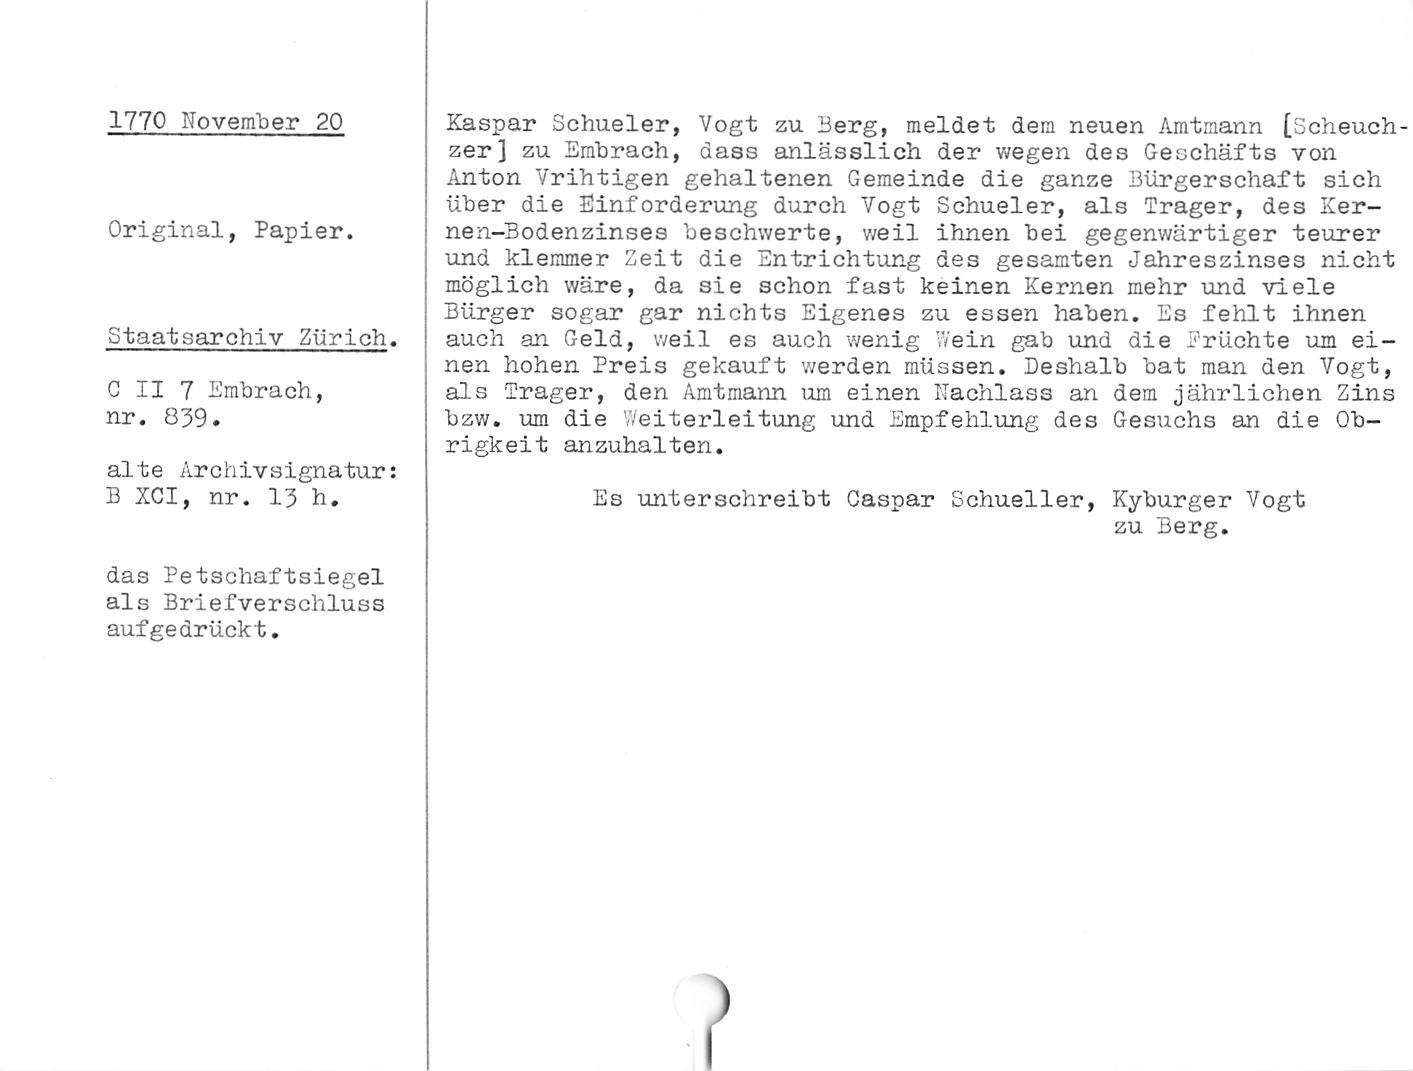
1770 November 20

Original, Papier.

Staatsarchiv Zürich.

0 II 7 Embrach,
nr. 839.

alte Archivsignatur:
B XCI, nr. 1Z h.

das Petschaftsiegel
als BriefVerschluss
aufgedrückt.

Kaspar Schueler, Vogt zu Berg, meldet dem neuen Amtmann [Scheuch-
zer] zu Embrach, dass anlässlich der wegen des Geschäfts von
Anton Vrihtigen gehaltenen Gemeinde die ganze Bürgerschaft sich
über die Einforderung durch Vogt Schueler, als Träger, des Ker-
nen-Bodenzinses beschwerte, weil ihnen bei gegenwärtiger teurer
und klemmer Zeit die Entrichtung des gesamten Jahreszinses nicht
möglich wäre, da sie schon fast keinen Kernen mehr und viele
Bürger sogar gar nichts Eigenes zu essen haben. Es fehlt ihnen
auch an Geld, weil es auch wenig Wein gab und die Früchte um ei¬
nen hohen Preis gekauft werden müssen. Deshalb bat man den Vogt,
als Träger, den Amtmann um einen Nachlass an dem jährlichen Zins
bzw. um die Weiterleitung und Empfehlung des Gesuchs an die Ob¬
rigkeit anzuhalten.

Es unterschreibt Caspar Schneller, Kyburger Vogt

zu Berg.